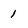
Character: 1